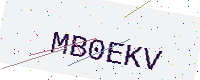
Text: MB0EKV